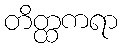
တိတ္ထကရာ